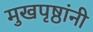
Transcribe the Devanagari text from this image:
मुखपृष्ठांनी